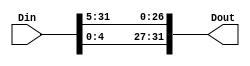
module LEA_ROR5(Din,Dout);

input [31:0] Din;
output [31:0] Dout;

assign Dout[31:0] = {Din[4:0], Din[31:5]};

endmodule